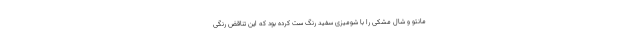
مانتو و شال مشکی را با شومیزی سفید رنگ ست کرده بود که این تناقض رنگی